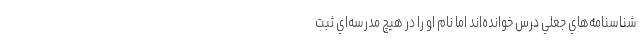
شناسنامه‌هاي جعلي درس خوانده‌اند اما نام او را در هيچ مدرسه‌اي ثبت